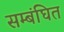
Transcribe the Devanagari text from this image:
सम्बंघित